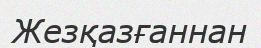
Жезқазғаннан